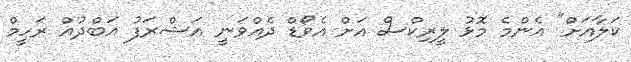
ކަލާއަށް" އެންމެ މޮޅު ލީރިކްސް އަށް އެވޯޑް ދެއްވަނީ އަޝްރަފު އަބްދުއް ރަހީމް